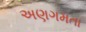
અણગમતા